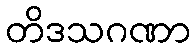
တိဒသဂဏာ